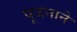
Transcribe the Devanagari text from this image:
पूजनाने